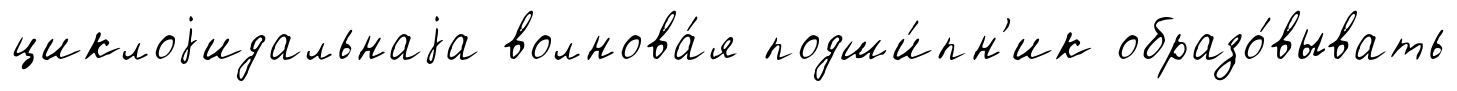
циклоjидальнаjа волнова́я подши́пн'ик образо́вывать